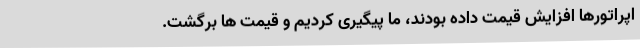
اپراتورها افزایش قیمت داده بودند، ما پیگیری کردیم و قیمت ها برگشت.